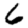
Digit: 6